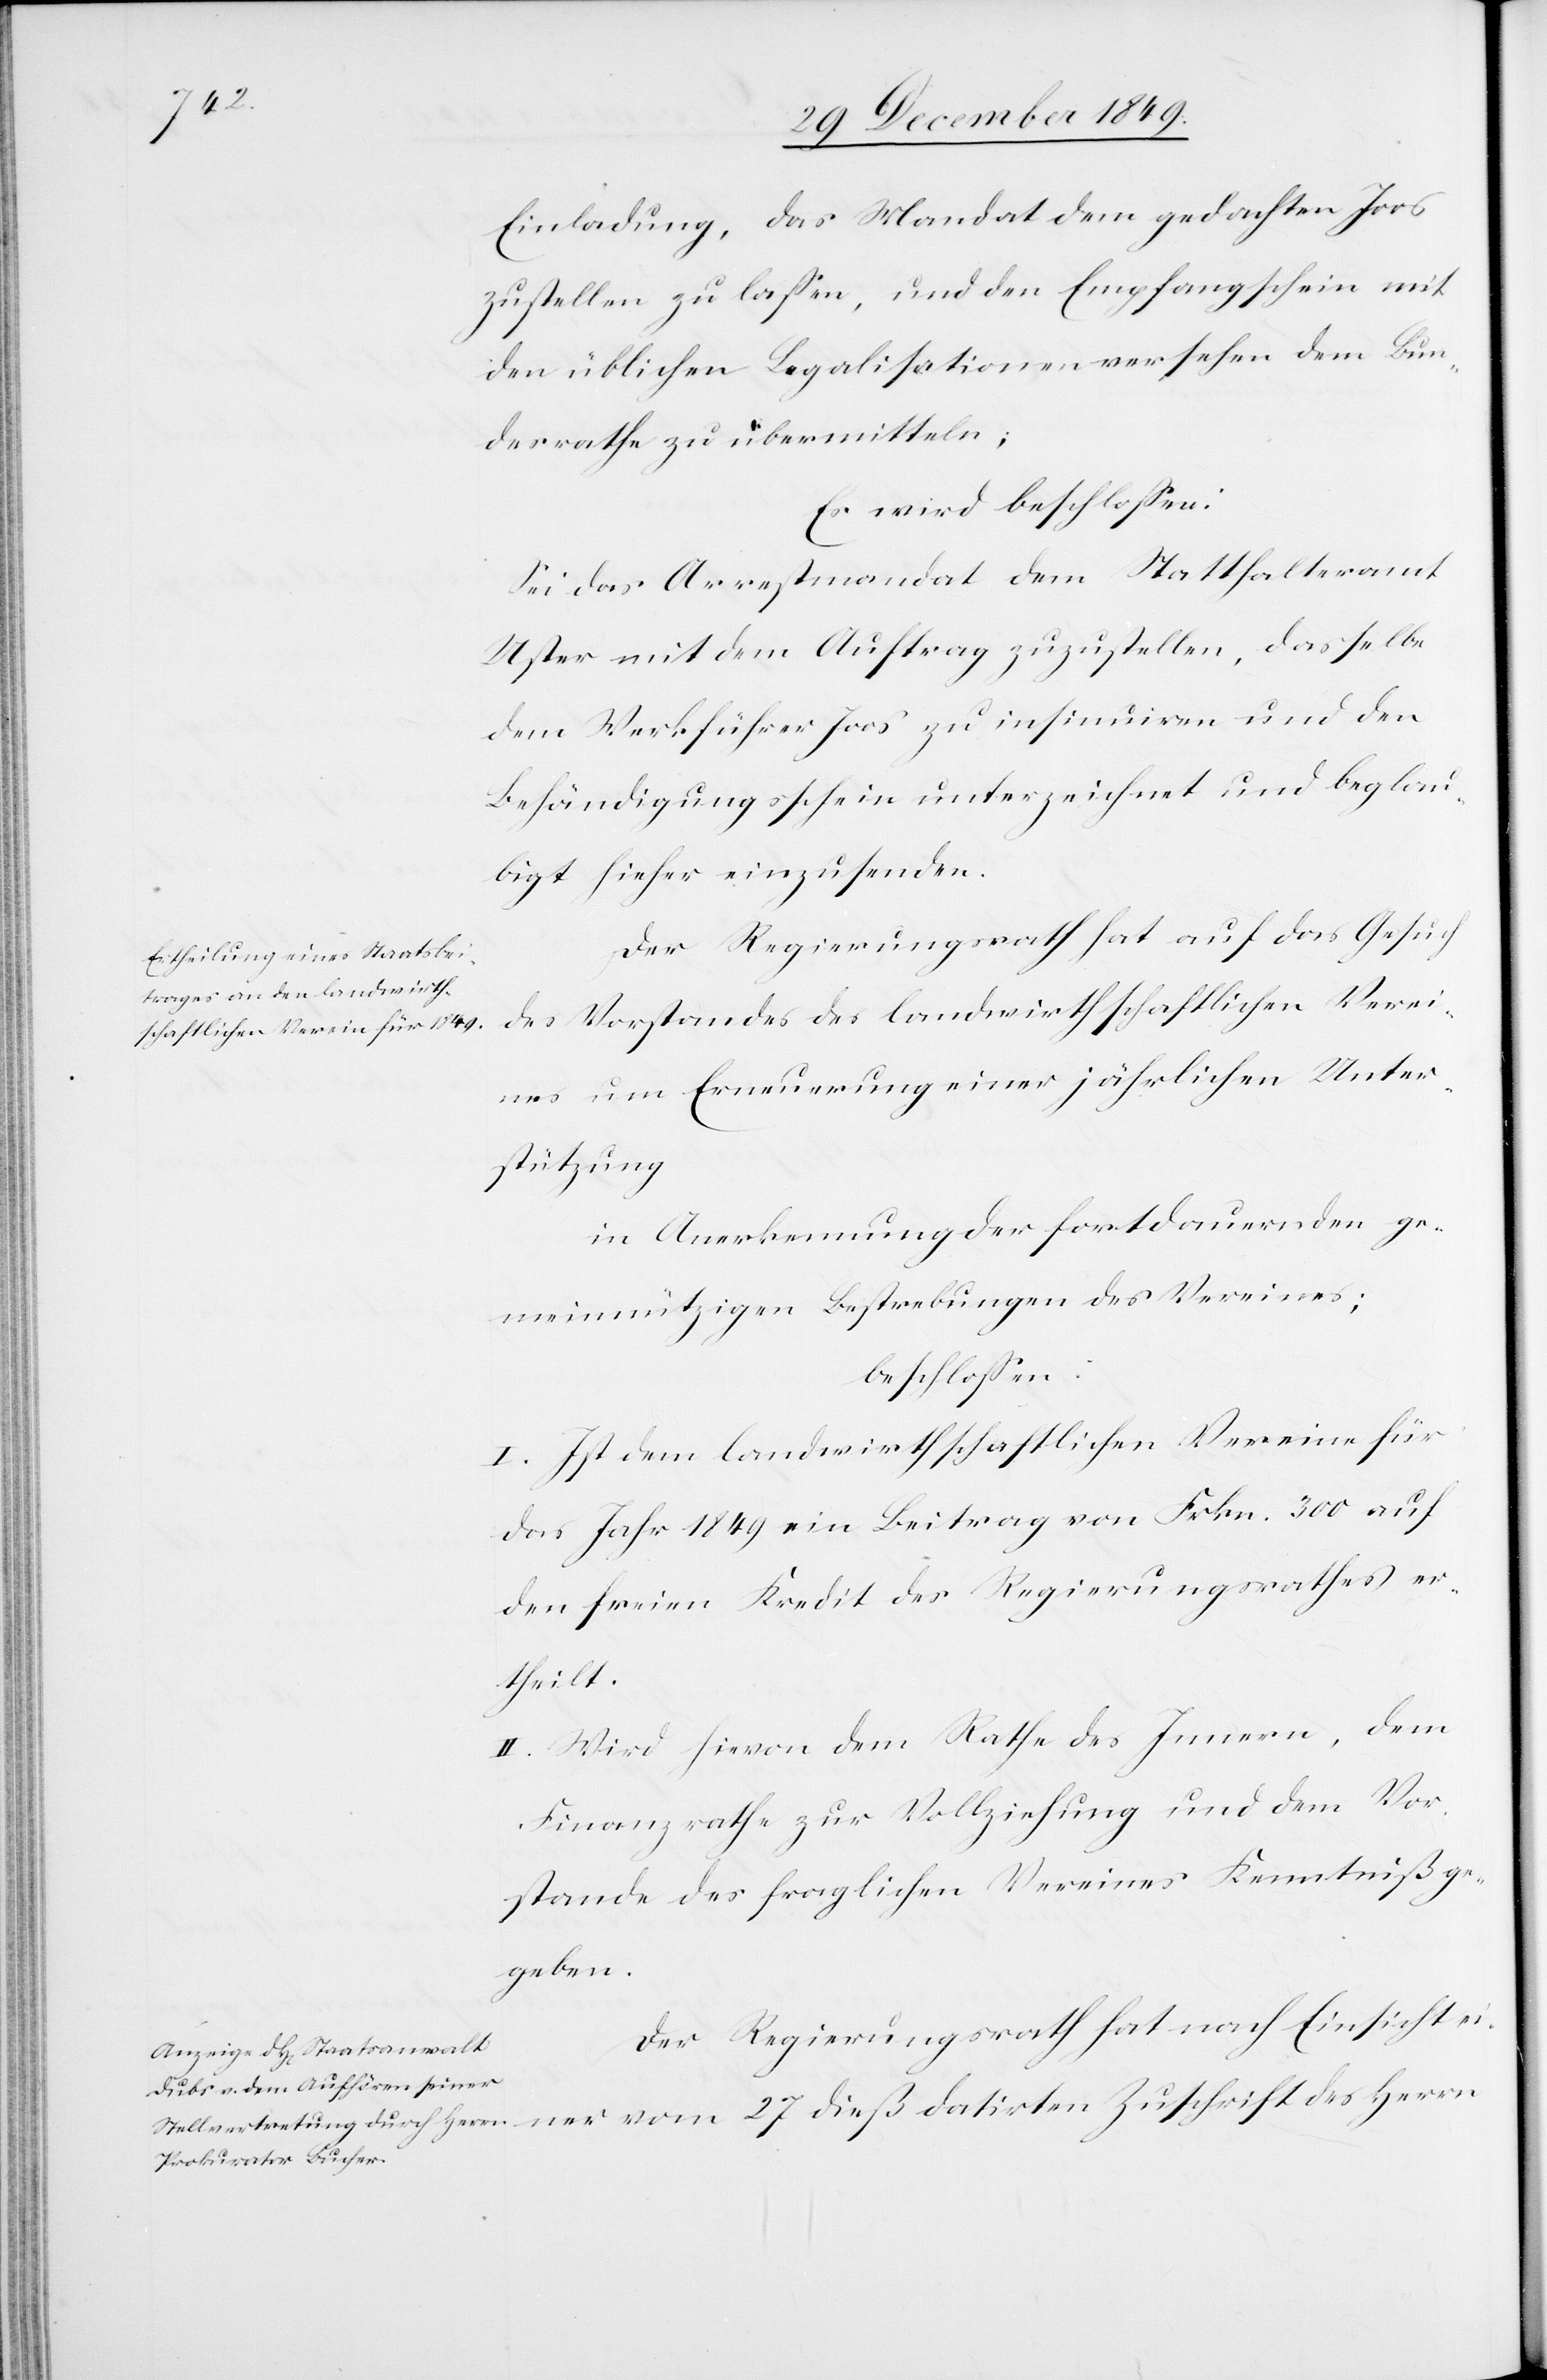
Vere¬
Einladung, das Mandat dem gedachten Joos
zustellen zu laßen, und den Empfangsschein mit
den üblichen Legalisationen versehen dem Bun¬
desrathe zu übermitteln;
Es wird beschloßen:
Sei das Arrestmandat dem Statthalteramt
Uster mit dem Auftrag zuzustellen, dasselbe
dem Werkführer Joos zu insinuiren und den
Behändigungsschein unterzeichnet und beglau¬
bigt sicher einzusenden.
Der Regierungsrath hat auf das Gesuch
ines um Erneuerung einer jährlichen Unter¬
stützung.
in Anerkennung der fortdauernden ge¬
meinnützigen Bestrebungen des Vereines;
beschloßen:
I. Ist dem landwirthschaftlichen Vereine für
das Jahr 1849 ein Beitrag von Frkn. 300 auf
den freien Kredit des Regierungsrathes er¬
theilt.
II. Wird hievon dem Rathe des Innern, dem
Finanzrathe zur Vollziehung und dem Vor¬
stande des fraglichen Vereines Kenntniß ge¬
geben.
Der Regierungsrath hat nach Einsicht einer